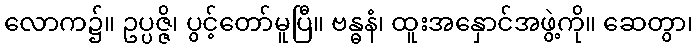
လောက၌။ ဥပ္ပဇ္ဇိ၊ ပွင့်တော်မူပြီ။ ဗန္ဓနံ၊ ထူးအနှောင်အဖွဲ့ကို။ ဆေတွာ၊